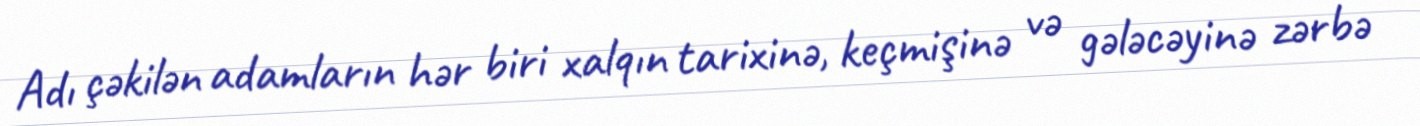
Adı çəkilən adamların hər biri xalqın tarixinə, keçmişinə və gələcəyinə zərbə